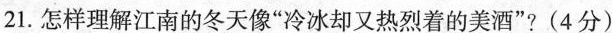
21.怎样理解江南的冬天像“冷却又热烈着的美酒”?(4分)